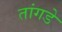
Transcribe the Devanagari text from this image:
तांगडे